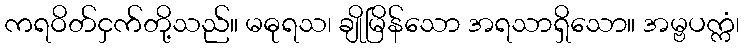
ကရဝိတ်ငှက်တို့သည်။ မဓုရသ၊ ချိုမြိန်သော အရသာရှိသော။ အမ္ဗပက္ကံ၊